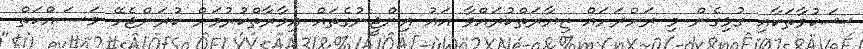
ޝަކުވާތަކާއި ގުޅިގެން މި ރަށްރަށައް ޒިޔާރަތްކުރައްވާ އައު އިންޖީނުގެތައް އިމާރާތްކުރުމަށް ކުރަންޖެހޭ މަސައްކަތް